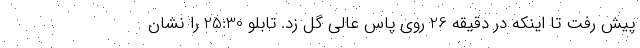
پیش رفت تا اینکه در دقیقه 26 روی پاس عالی گل زد. تابلو 25:30 را نشان